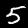
Digit: 5